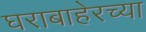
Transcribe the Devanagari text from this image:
घराबाहेरच्या